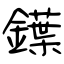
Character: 鐷